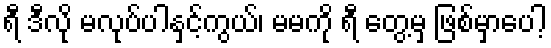
ရီ ဒီလို မလုပ်ပါနှင့်ကွယ်၊ မမကို ရီ တွေ့မှ ဖြစ်မှာပေါ့